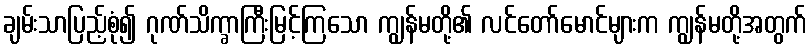
ချမ်းသာပြည့်စုံ၍ ဂုဏ်သိက္ခာကြီးမြင့်ကြသော ကျွန်မတို့၏ လင်တော်မောင်များက ကျွန်မတို့အတွက်